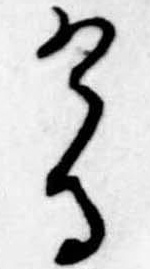
ける